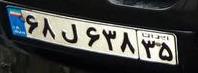
۶۷ل۶۳۸۳۵